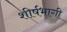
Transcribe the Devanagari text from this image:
शीर्षभागी